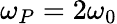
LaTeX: \omega_{P}=2\omega_{0}